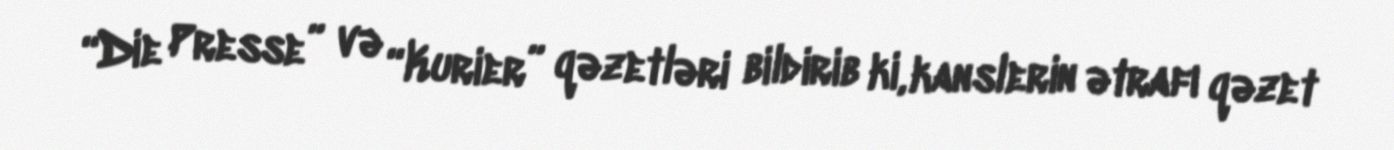
“Die Presse” və “Kurier” qəzetləri bildirib ki, kanslerin ətrafı qəzet